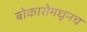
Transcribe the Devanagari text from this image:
बोकारोमधूनच